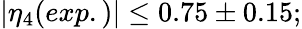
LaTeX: |\eta_{4}(exp.)|\leq 0.75\pm 0.15;